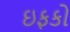
ઇફકો